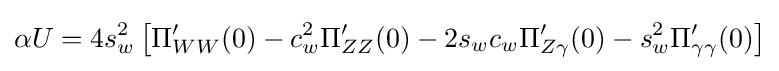
\alpha U=4s_{w}^{2}\left[\Pi _{WW}^{\prime }(0)-c_{w}^{2}\Pi _{ZZ}^{\prime }(0)-2s_{w}c_{w}\Pi _{Z\gamma }^{\prime }(0)-s_{w}^{2}\Pi _{\gamma \gamma }^{\prime }(0)\right]